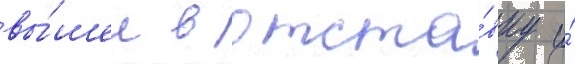
вы́шел в отста́вку и́